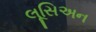
લૂસિઅન